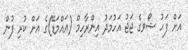
އަށް ފަހު ޝޯވގެ ޖަޖު އަހުމަދު އިންރާހިމް (އައްމަޑޭ)ގެ އަށް ކުރި ފުން